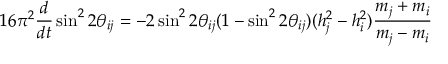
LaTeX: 1 6 \pi ^ { 2 } \frac { d } { d t } \sin ^ { 2 } 2 \theta _ { i j } = - 2 \sin ^ { 2 } 2 \theta _ { i j } ( 1 - \sin ^ { 2 } 2 \theta _ { i j } ) ( h _ { j } ^ { 2 } - h _ { i } ^ { 2 } ) \frac { m _ { j } + m _ { i } } { m _ { j } - m _ { i } }